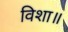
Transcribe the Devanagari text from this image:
विशा॥